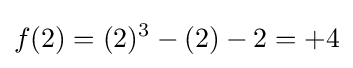
f(2)=(2)^{3}-(2)-2=+4